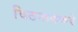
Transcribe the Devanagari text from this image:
विठनाककडे